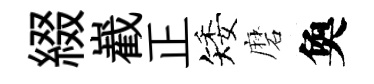
綴嶻正矮磨奐